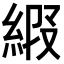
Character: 𦀩